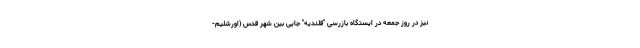
نیز در روز جمعه در ایستگاه بازرسی "قلندیه" جایی بین شهر قدس (اورشلیم-